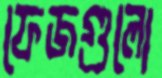
ফেজগুলো